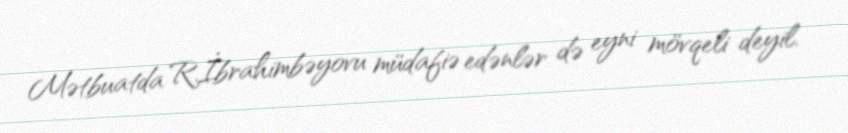
Mətbuatda R.İbrahimbəyovu müdafiə edənlər də eyni mövqeli deyil.